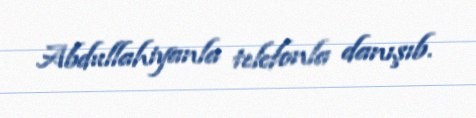
Abdullahiyanla telefonla danışıb.